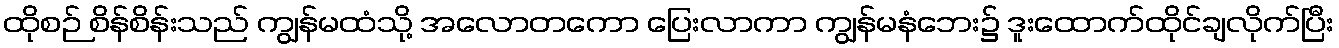
ထိုစဉ် စိန်စိန်းသည် ကျွန်မထံသို့ အလောတကော ပြေးလာကာ ကျွန်မနံဘေး၌ ဒူးထောက်ထိုင်ချလိုက်ပြီး